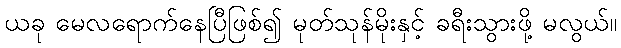
ယခု မေလရောက်နေပြီဖြစ်၍ မုတ်သုန်မိုးနှင့် ခရီးသွားဖို့ မလွယ်။